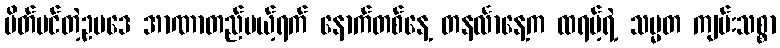
ပိတ်ပင်တဲ့ဥပဒေ အာဏာတည်မယ့်ရက် နောက်တစ်နေ့ တနင်္လာနေ့က ထရမ့်ရဲ့ သမ္မတ ကျမ်းသစ္စာ